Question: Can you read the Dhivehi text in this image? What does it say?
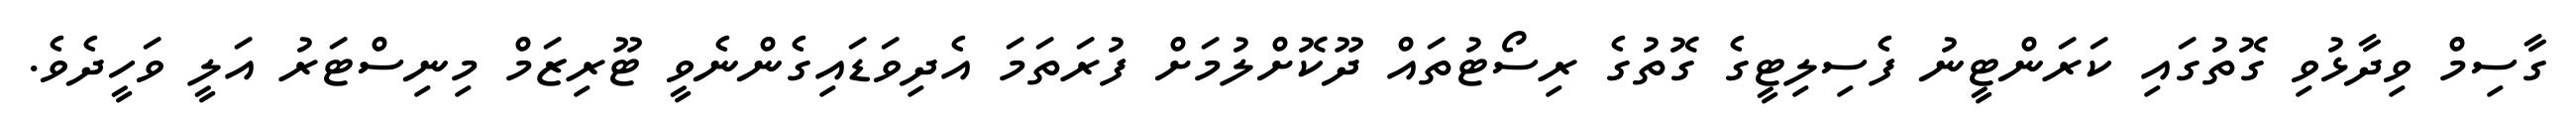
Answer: ގާސިމް ވިދާޅުވި ގޮތުގައި ކަރަންޓީނު ފެސިލިޓީގެ ގޮތުގެ ރިސޯޓުތައް ދޫކޮށްލުމަށް ފުރަތަމަ އެދިވަޑައިގެންނެވީ ޓޫރިޒަމް މިނިސްޓަރު އަލީ ވަހީދެވެ.